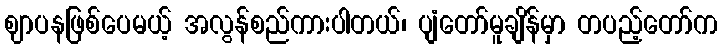
ဈာပနဖြစ်ပေမယ့် အလွန်စည်ကားပါတယ်၊ ပျံတော်မူချိန်မှာ တပည့်တော်က